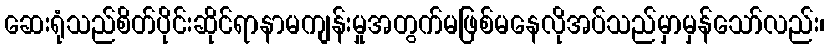
ဆေးရုံသည်စိတ်ပိုင်းဆိုင်ရာနာမကျန်းမှုအတွက်မဖြစ်မနေလိုအပ်သည်မှာမှန်သော်လည်း၊